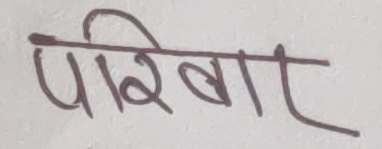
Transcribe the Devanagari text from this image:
परिवार